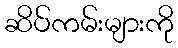
ဆိပ်ကမ်းများကို